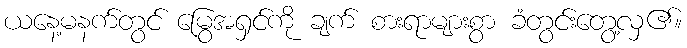
ယနေ့မနက်တွင် မြွေအရှင်ကို ချက် စားရာများစွာ ခံတွင်းတွေ့လှ၏။